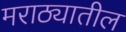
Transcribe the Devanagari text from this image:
मराठ्यातील